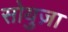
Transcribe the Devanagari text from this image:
सोयुज़ा